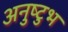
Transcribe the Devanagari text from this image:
अनुष्‍टुभ